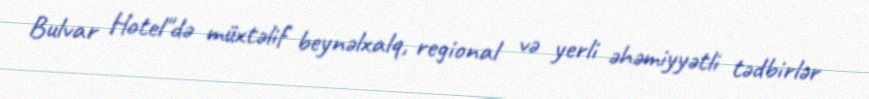
Bulvar Hotel"də müxtəlif beynəlxalq, regional və yerli əhəmiyyətli tədbirlər